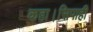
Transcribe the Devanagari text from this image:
कहा।सिपाही